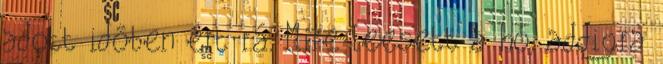
adott időben ért rá. Mire leesett a hó, addigra